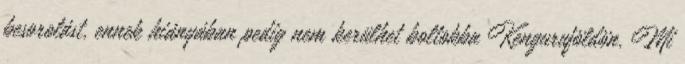
besorolást, ennek hiányában pedig nem kerülhet boltokba Kenguruföldön. Mi